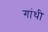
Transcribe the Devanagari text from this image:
गांथी